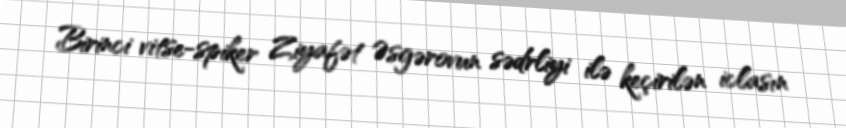
Birinci vitse-spiker Ziyafət Əsgərovun sədrliyi ilə keçirilən iclasın